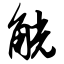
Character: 觥